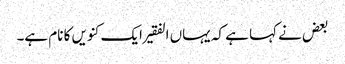
بعض نے کہا ہے کہ یہاں الفقیر ایک کنویں کا نام ہے۔